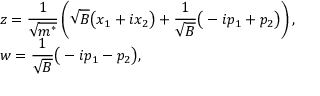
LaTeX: \begin{array} { l l } { { z = \displaystyle \frac { 1 } { \sqrt { m ^ { * } } } \left( \sqrt { B } \big ( x _ { 1 } + i x _ { 2 } \big ) + \frac { 1 } { \sqrt { B } } \big ( - i p _ { 1 } + p _ { 2 } \big ) \right) , \hfill } } \\ { { w = \displaystyle \frac { 1 } { \sqrt { B } } \big ( - i p _ { 1 } - p _ { 2 } \big ) , \hfill } } \end{array}